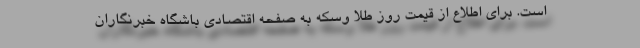
است. برای اطلاع از قیمت روز طلا وسکه به صفحه اقتصادی باشگاه خبرنگاران